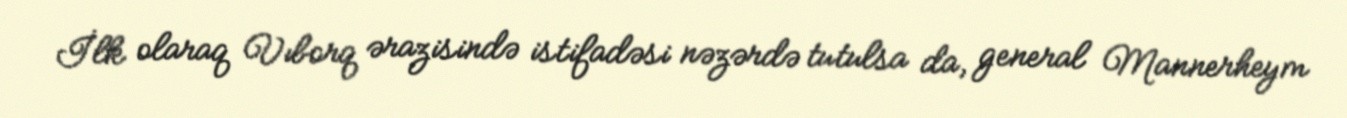
İlk olaraq Vıborq ərazisində istifadəsi nəzərdə tutulsa da, general Mannerheym